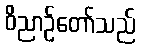
ဝိညာဉ်တော်သည်